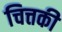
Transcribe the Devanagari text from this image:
चित्तकी